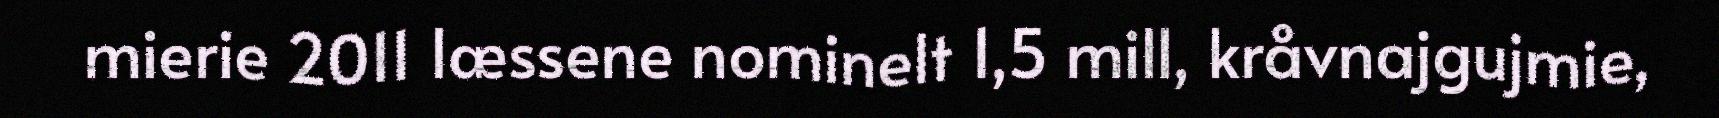
mierie 2011 læssene nominelt 1,5 mill, kråvnajgujmie,